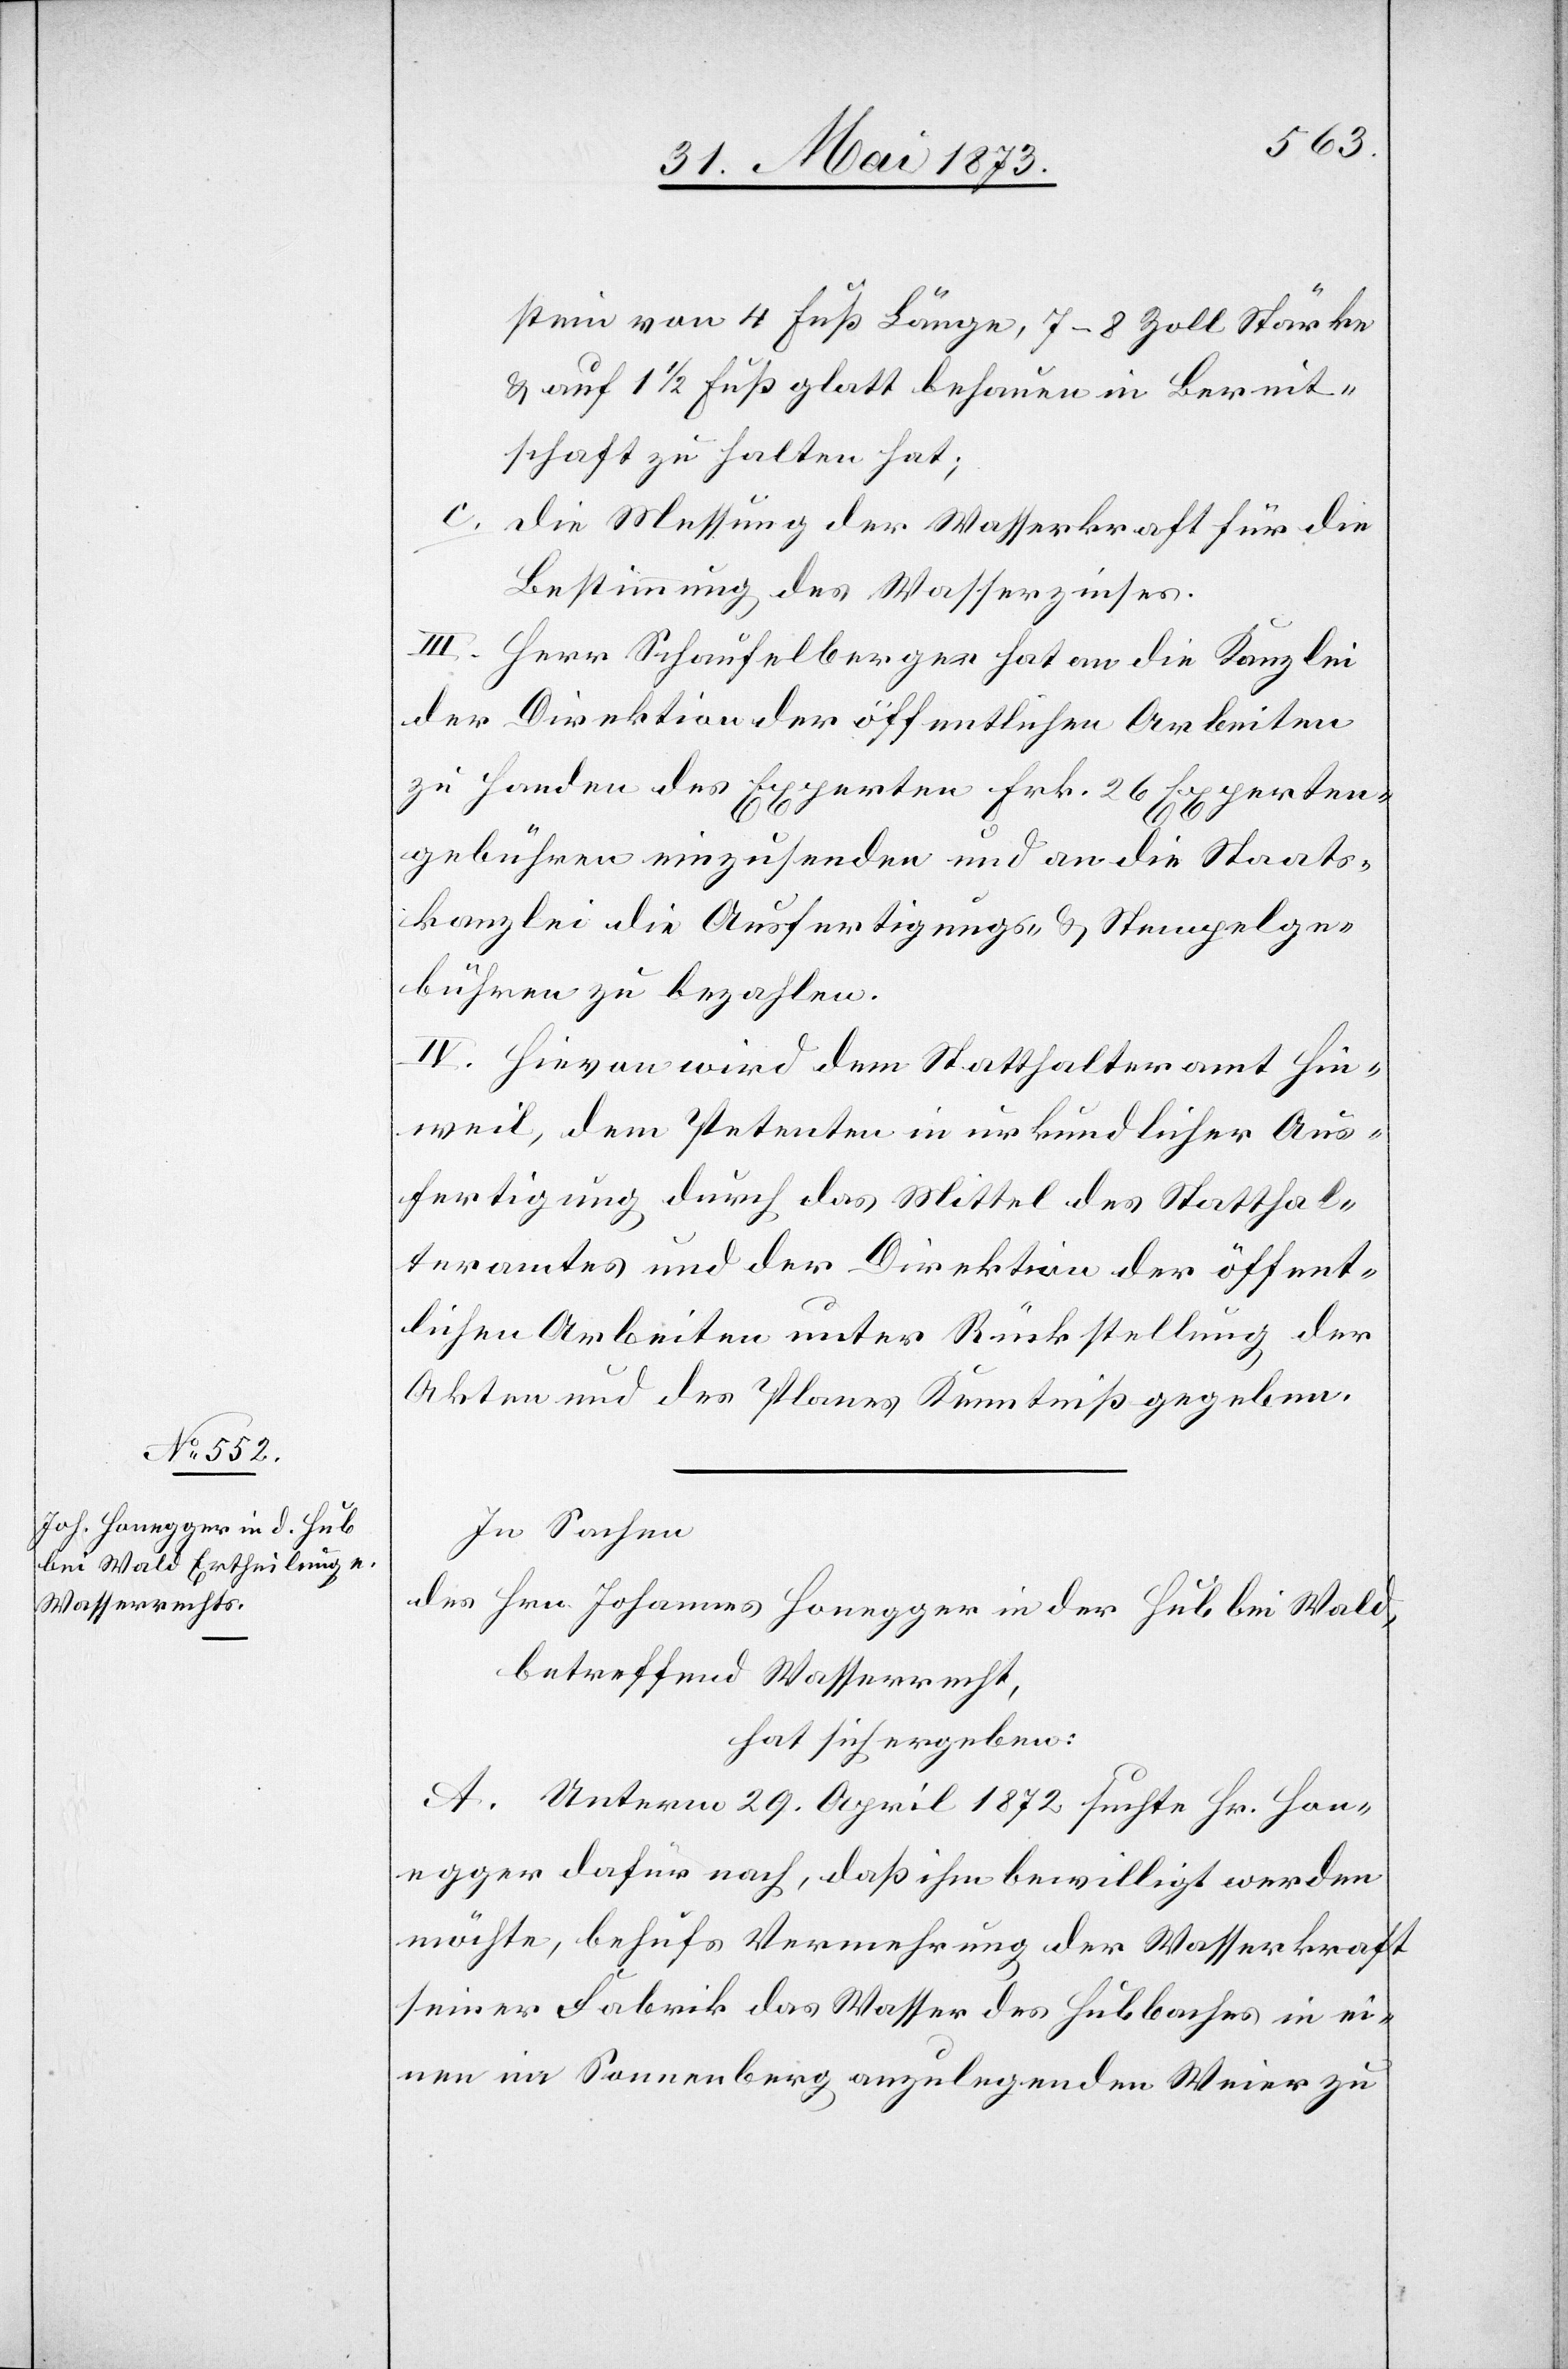
stein von 4 Fuß Länge, 7–8 Zoll Stärke
& auf 1 1/2 Fuß glatt behauen in Bereit¬
schaft zu halten hat;
c. die Messung der Wasserkraft für die
Bestimmung des Wasserzinses.
III. Herr Schaufelberger hat an die Kanzlei
der Direktion der öffentlichen Arbeiten
zu Handen des Experten Frk. 26 Experten¬
gebühren einzusenden und an die Staats¬
kanzlei die Ausfertigungs- & Stempelge¬
bühren zu bezahlten.
IV. Hievon wird dem Statthalteramt Hin¬
weil, dem Petenten in urkundlicher Aus¬
fertigung durch das Mittel des Statthal¬
teramtes und der Direktion der öffent¬
lichen Arbeiten unter Rückstellung der
Akten und des Planes Kenntniß gegeben.
In Sachen
des Hrn. Johannes Honegger in der Hub bei Wald,
betreffend Wasserrecht,
hat sich ergeben:
A. Unterm 29. April 1872 suchte Hr. Hon¬
egger dafür nach, daß ihm bewilligt werden
möchte, behufs Vermehrung der Wasserkraft
seiner Fabrik das Wasser des Hubbaches in ei¬
nen im Sonnenberg anzulegenden Weier zu